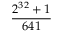
\frac { 2 ^ { 3 2 } + 1 } { 6 4 1 }